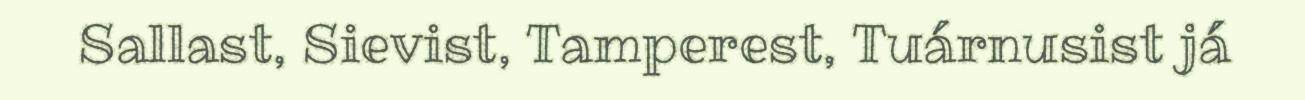
Sallast, Sievist, Tamperest, Tuárnusist já